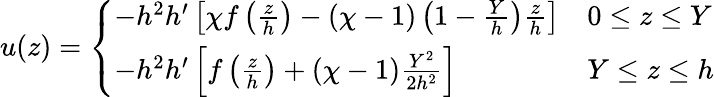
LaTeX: u(z)=\left\{ \begin{array}{ll}{-h^{2}h^{\prime}\left[\chi f\left(\frac{z}{h}\right)-(\chi-1)\left(1-\frac{Y}{h}\right)\frac{z}{h}\right]}&{0\le z\le Y}\\ {-h^{2}h^{\prime}\left[f\left(\frac{z}{h}\right)+(\chi-1)\frac{Y^{2}}{2h^{2}}\right]}&{Y\le z\le h}\end{array}\right.